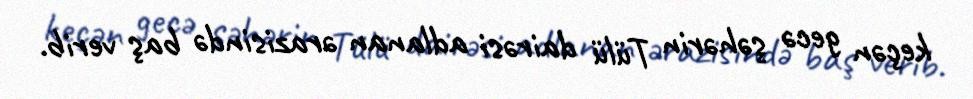
keçən gecə şəhərin Tülü dairəsi adlanan ərazisində baş verib.